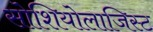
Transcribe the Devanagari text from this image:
सोशियोलाजिस्ट